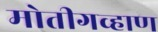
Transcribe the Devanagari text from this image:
मोतीगव्हाण